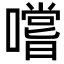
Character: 嚐